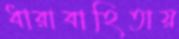
ধারাবাহিতায়